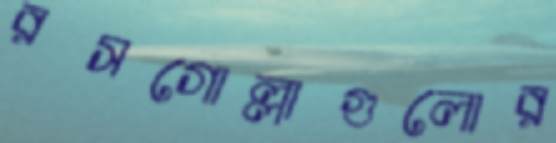
রসগোল্লাগুলোর